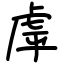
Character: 虖